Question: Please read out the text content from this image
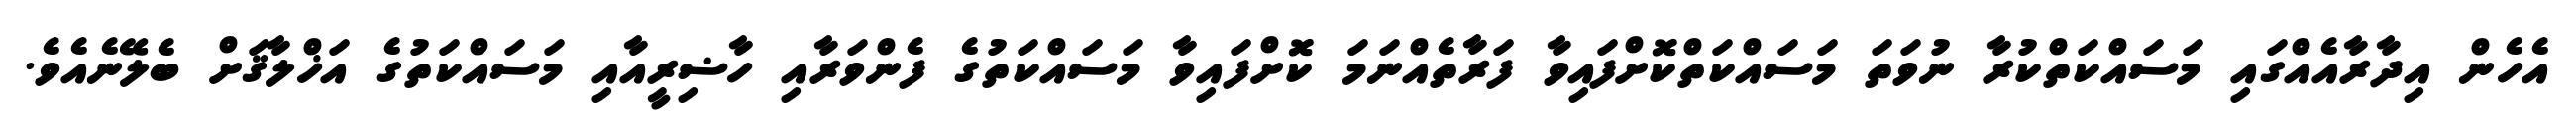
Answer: އެހެން އިދާރާއެއްގައި މަސައްކަތްކުރާ ނުވަތަ މަސައްކަތްކޮށްފައިވާ ފަރާތެއްނަމަ ކޮށްފައިވާ މަސައްކަތުގެ ފެންވަރާއި ހާޟިރީއާއި މަސައްކަތުގެ އަޚްލާޤަށް ބެލޭނެއެވެ.